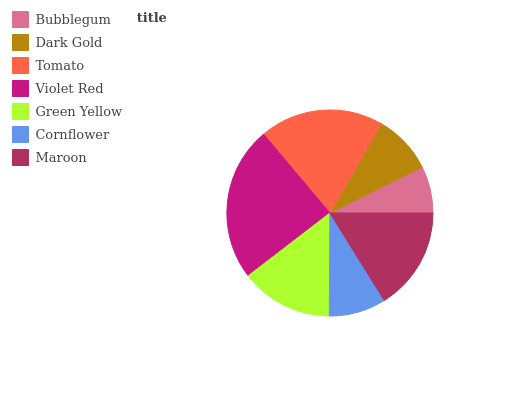
| Bubblegum | Dark Gold | Tomato | Violet Red | Green Yellow | Cornflower | Maroon |
 | --- | --- | --- | --- | --- | --- | --- |
 | 7.34% | 9.39% | 19.4% | 24.4% | 14.5% | 8.95% | 16.1% |